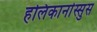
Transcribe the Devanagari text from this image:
हलिकार्नास्सुस